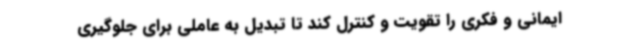
ایمانی و فکری را تقویت و کنترل کند تا تبدیل به عاملی برای جلوگیری